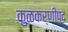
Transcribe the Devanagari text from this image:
कुळकर्णीपद